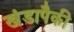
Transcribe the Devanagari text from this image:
खंडापैकी